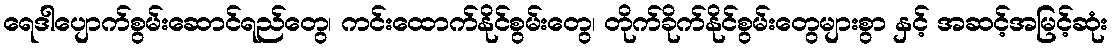
ရေဒါပျောက်စွမ်းဆောင်ရည်တွေ၊ ကင်းထောက်နိုင်စွမ်းတွေ၊ တိုက်ခိုက်နိုင်စွမ်းတွေများစွာ နှင့် အဆင့်အမြင့်ဆုံး